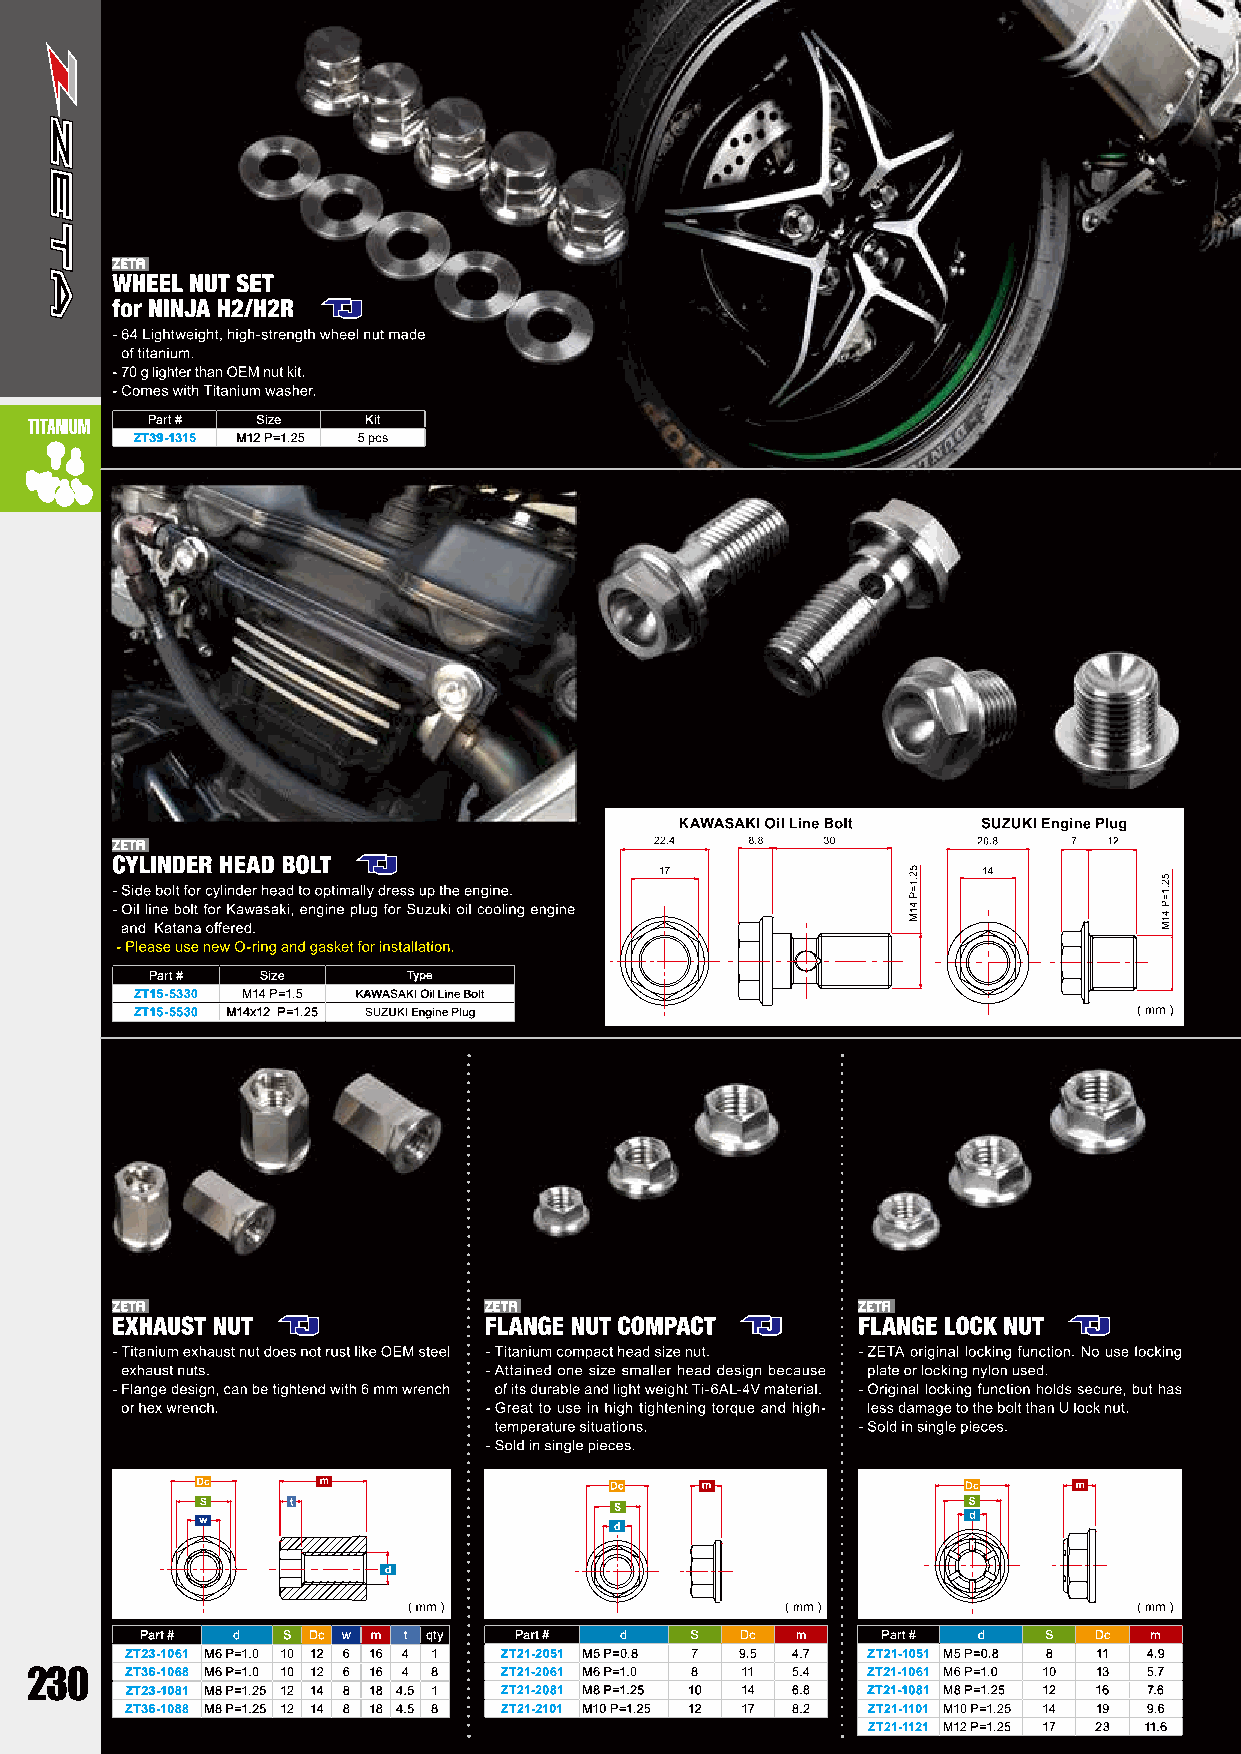
TITANIUM Part # Size  Kit
 ZT39-1315 M12 P=1.25 5 pcs
 Part # Size      Type
 ZT15-5330 M14 P=1.5 KAWASAKI Oil Line Bolt
 ZT15-5530 M14x12 P=1.25 SUZUKI Engine Plug
 Part # d  S Dc w m t qty Part # d    S  Dc  m    Part # d   S  Dc  m
 ZT23-1061 M6 P=1.0 10 12 6 16 4 1 ZT21-2051 M5 P=0.8 7 9.5 4.7 ZT21-1051 M5 P=0.8 8 11 4.9
 230   ZT36-1068 M6 P=1.0 10 12 6 16 4 8 ZT21-2061 M6 P=1.0 8 11 5.4 ZT21-1061 M6 P=1.0 10 13 5.7
 ZT23-1081 M8 P=1.25 12 14 8 18 4.5 1 ZT21-2081 M8 P=1.25 10 14 6.8 ZT21-1081 M8 P=1.25 12 16 7.6
 ZT36-1088 M8 P=1.25 12 14 8 18 4.5 8 ZT21-2101 M10 P=1.25 12 17 8.2 ZT21-1101 M10 P=1.25 14 19 9.6
 ZT21-1121 M12 P=1.25 17 23 11.6